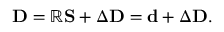
\mathbf { D } = \mathbb { R } \mathbf { S } + \Delta \mathbf { D } = \mathbf { d } + \Delta \mathbf { D } .